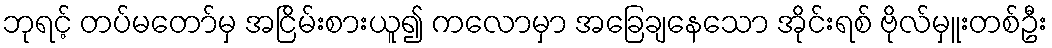
ဘုရင့် တပ်မတော်မှ အငြိမ်းစားယူ၍ ကလောမှာ အခြေချနေသော အိုင်းရစ် ဗိုလ်မှူးတစ်ဦး